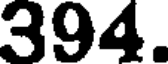
394.